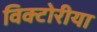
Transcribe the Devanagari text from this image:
विक्टोरीया